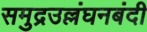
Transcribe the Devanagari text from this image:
समुद्रउल्लंघनबंदी